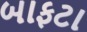
બાફટા